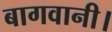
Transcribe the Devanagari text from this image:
बागवानी।